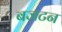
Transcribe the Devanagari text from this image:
बजटन